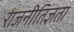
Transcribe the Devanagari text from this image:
राजनीतिज्ञता